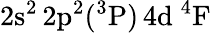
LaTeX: \mathrm{2s^{2}\, 2p^{2}(^{3}P)\, 4d~^{4}F}